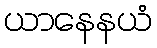
ယာနေနယံ